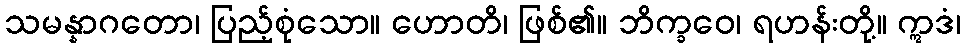
သမန္နာဂတော၊ ပြည့်စုံသော။ ဟောတိ၊ ဖြစ်၏။ ဘိက္ခဝေ၊ ရဟန်းတို့။ ဣဒံ၊